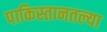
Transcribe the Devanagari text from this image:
पाकिस्तानतल्या